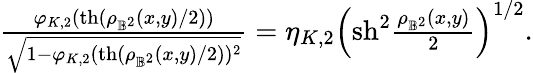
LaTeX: \begin{array}{r}{\frac{\varphi_{K,2}(\mathrm{th}(\rho_{\mathbb{B}^{2}}(x,y)/2))}{\sqrt{1-\varphi_{K,2}(\mathrm{th}(\rho_{\mathbb{B}^{2}}(x,y)/2))^{2}}}=\eta_{K,2}\left(\mathrm{sh}^{2}\frac{\rho_{\mathbb{B}^{2}}(x,y)}{2}\right)^{1/2}.}\end{array}